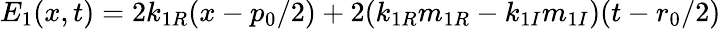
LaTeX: E_{1}(x,t)=2k_{1R}(x-{p_{0}}/{2})+2(k_{1R}m_{1R}-k_{1I}m_{1I})(t-{r_{0}}/{2})